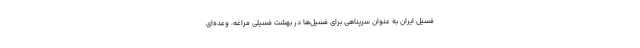
فسیل ایران به عنوان سرپناهی برای فسیل‌ها در بهشت فسیلی مراغه، وعده‌ای